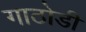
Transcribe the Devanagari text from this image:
गाठोडी